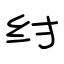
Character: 纣